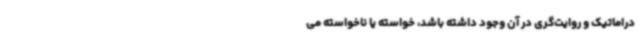
دراماتیک و روایت‌گری در آن وجود داشته باشد، خواسته یا ناخواسته می